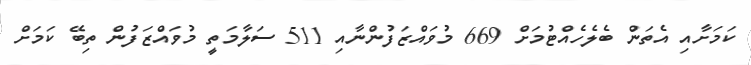
ކަމަށާއި އެތަން ބެލެހެއްޓުމަށް 669 މުވައްޒަފުންނާއި 511 ސަލާމަތީ މުވައްޒަފުން ތިބޭ ކަމަށް